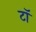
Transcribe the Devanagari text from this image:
टॉ